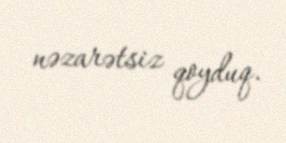
nəzarətsiz qoyduq.